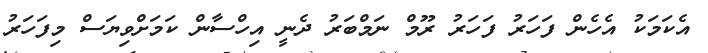
އެކަމަކު އެހެން ފަހަރު ފަހަރު ރޫމް ނަމްބަރު ދެނީ އިހްސާން ކަމަށްވިޔަސް މިފަހަރު